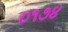
૦૧૭૪